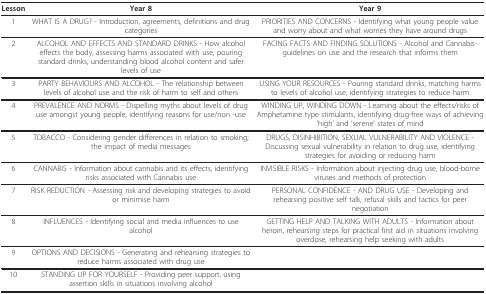
<table><thead><tr><td><b>Lesson</b></td><td><b>Year 8</b></td><td><b>Year 9</b></td></tr></thead><tbody><tr><td>1</td><td>WHAT IS A DRUG? - Introduction, agreements, definitions and drug categories</td><td>PRIORITIES AND CONCERNS - Identifying what young people value and worry about and what worries they have around drugs</td></tr><tr><td>2</td><td>ALCOHOL AND EFFECTS AND STANDARD DRINKS - How alcohol effects the body, assessing harms associated with use, pouring standard drinks, understanding blood alcohol content and safer levels of use</td><td>FACING FACTS AND FINDING SOLUTIONS - Alcohol and Cannabis- guidelines on use and the research that informs them</td></tr><tr><td>3</td><td>PARTY BEHAVIOURS AND ALCOHOL - The relationship between levels of alcohol use and the risk of harm to self and others</td><td>USING YOUR RESOURCES - Pouring standard drinks, matching harms to levels of alcohol use, identifying strategies to reduce harm</td></tr><tr><td>4</td><td>PREVALENCE AND NORMS - Dispelling myths about levels of drug use amongst young people, identifying reasons for use/non -use</td><td>WINDING UP, WINDING DOWN - Learning about the effects/risks of Amphetamine type stimulants, identifying drug-free ways of achieving &#x27;high&#x27; and &#x27;serene&#x27; states of mind</td></tr><tr><td>5</td><td>TOBACCO - Considering gender differences in relation to smoking; the impact of media messages</td><td>DRUGS, DISINHIBITION, SEXUAL VULNERABILITY AND VIOLENCE - Discussing sexual vulnerability in relation to drug use, identifying strategies for avoiding or reducing harm</td></tr><tr><td>6</td><td>CANNABIS - Information about cannabis and its effects, identifying risks associated with Cannabis use</td><td>INVISIBLE RISKS - Information about injecting drug use, blood-borne viruses and methods of protection</td></tr><tr><td>7</td><td>RISK REDUCTION - Assessing risk and developing strategies to avoid or minimise harm</td><td>PERSONAL CONFIDENCE - AND DRUG USE - Developing and rehearsing positive self talk, refusal skills and tactics for peer negotiation</td></tr><tr><td>8</td><td>INFLUENCES - Identifying social and media influences to use alcohol</td><td>GETTING HELP AND TALKING WITH ADULTS - Information about heroin, rehearsing steps for practical first aid in situations involving overdose, rehearsing help seeking with adults</td></tr><tr><td>9</td><td>OPTIONS AND DECISIONS - Generating and rehearsing strategies to reduce harms associated with drug use</td><td></td></tr><tr><td>10</td><td>STANDING UP FOR YOURSELF - Providing peer support, using assertion skills in situations involving alcohol</td><td></td></tr></tbody></table>